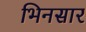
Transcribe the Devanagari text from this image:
भिनसार